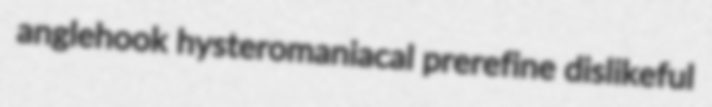
anglehook hysteromaniacal prerefine dislikeful